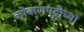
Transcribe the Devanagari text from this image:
कोकणपट्टीच्या